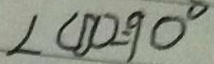
\angle C D O = 9 0 ^ { \circ }